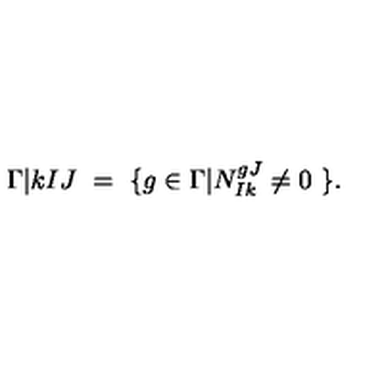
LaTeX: \Gamma \vert { k } { I } { J } \ = \ \{ g \in \Gamma | N _ { I k } ^ { g J } \neq 0 \ \} .